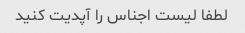
لطفا لیست اجناس را آپدیت کنید